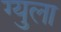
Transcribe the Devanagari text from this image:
ग्युला